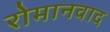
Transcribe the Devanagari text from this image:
रोमानवाद